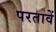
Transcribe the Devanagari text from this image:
परतावें